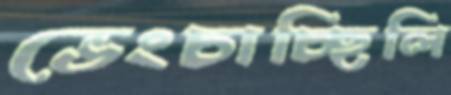
ভেংচাচ্ছিলি